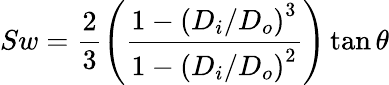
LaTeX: Sw=\frac{2}{3}\left(\frac{1-\left(D_{i}/D_{o}\right)^{3}}{1-\left(D_{i}/D_{o}\right)^{2}}\right)\tan\theta